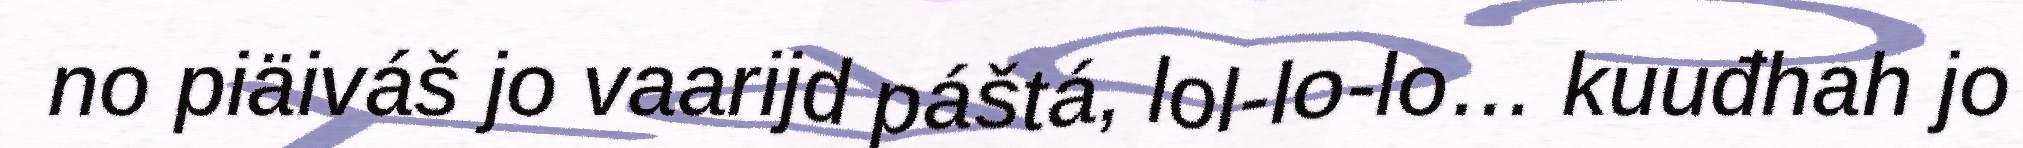
no piäiváš jo vaarijd páštá, lol-lo-lo… kuuđhah jo